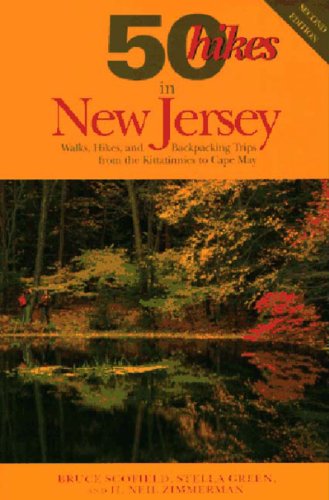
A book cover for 50 Hikes in New Jersey: Walks, Hikes, and Backpacking Trips from the Kittatinnies to Cape May (50 Hikes in Louisiana: Walks, Hikes, & Backpacks in the Bayou State); Bruce Scofield; Travel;